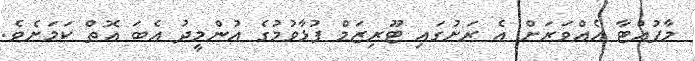
މާފުއްޓާ އެއްވަރަށް އެ ރަށުގައި ޓޫރިޒަމް ފުޅާވުމުގެ އުންމީދު އެބަ އޮތް ކަމަށެވެ.